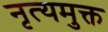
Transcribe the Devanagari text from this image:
नृत्यमुक्त